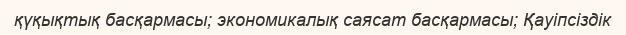
қүқықтық басқармасы; экономикалық саясат басқармасы; Қауіпсіздік